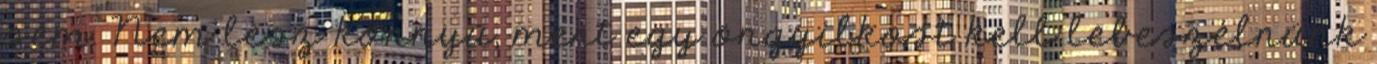
sem. Nem lesz könnyû, mert egy öngyilkost kell lebeszélnünk